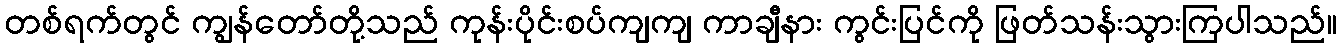
တစ်ရက်တွင် ကျွန်တော်တို့သည် ကုန်းပိုင်းစပ်ကျကျ ကာချီနား ကွင်းပြင်ကို ဖြတ်သန်းသွားကြပါသည်။